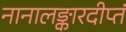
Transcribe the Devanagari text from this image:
नानालङ्कारदीप्तं